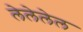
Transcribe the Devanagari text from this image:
लेलेलेल